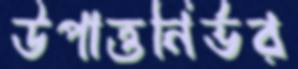
উপাত্তনির্ভর